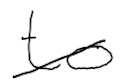
Text: to
Cross-out: diagonal
Writing tool: digital_black